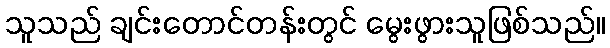
သူသည် ချင်းတောင်တန်းတွင် မွေးဖွားသူဖြစ်သည်။